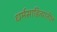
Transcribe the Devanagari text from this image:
धर्मसाहित्यातील